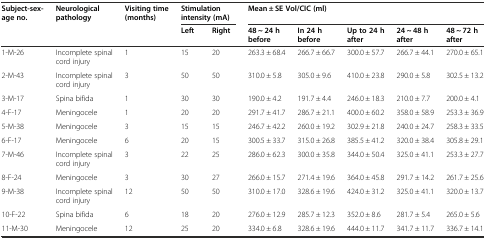
<table><thead><tr><td><b>Subject-sex-age no.</b></td><td><b>Neurological pathology</b></td><td><b>Visiting time (months)</b></td><td colspan="2"><b>Stimulation intensity (mA)</b></td><td colspan="5"><b>Mean ± SE Vol/CIC (ml)</b></td></tr><tr><td></td><td></td><td></td><td><b>Left</b></td><td><b>Right</b></td><td><b>48 ~ 24 h before</b></td><td><b>In 24 h before</b></td><td><b>Up to 24 h after</b></td><td><b>24 ~ 48 h after</b></td><td><b>48 ~ 72 h after</b></td></tr></thead><tbody><tr><td>1-M-26</td><td>Incomplete spinal cord injury</td><td>1</td><td>15</td><td>20</td><td>263.3 ± 68.4</td><td>266.7 ± 66.7</td><td>300.0 ± 57.7</td><td>266.7 ± 44.1</td><td>270.0 ± 65.1</td></tr><tr><td>2-M-43</td><td>Incomplete spinal cord injury</td><td>3</td><td>50</td><td>50</td><td>310.0 ± 5.8</td><td>305.0 ± 9.6</td><td>410.0 ± 23.8</td><td>290.0 ± 5.8</td><td>302.5 ± 13.2</td></tr><tr><td>3-M-17</td><td>Spina bifida</td><td>1</td><td>30</td><td>30</td><td>190.0 ± 4.2</td><td>191.7 ± 4.4</td><td>246.0 ± 18.3</td><td>210.0 ± 7.7</td><td>200.0 ± 4.1</td></tr><tr><td>4-F-17</td><td>Meningocele</td><td>1</td><td>20</td><td>20</td><td>291.7 ± 41.7</td><td>286.7 ± 21.1</td><td>400.0 ± 60.2</td><td>358.0 ± 58.9</td><td>253.3 ± 36.9</td></tr><tr><td>5-M-38</td><td>Meningocele</td><td>3</td><td>15</td><td>15</td><td>246.7 ± 42.2</td><td>260.0 ± 19.2</td><td>302.9 ± 21.8</td><td>240.0 ± 24.7</td><td>258.3 ± 33.5</td></tr><tr><td>6-F-17</td><td>Meningocele</td><td>6</td><td>20</td><td>15</td><td>300.5 ± 33.7</td><td>315.0 ± 26.8</td><td>385.5 ± 41.2</td><td>320.0 ± 38.4</td><td>305.8 ± 29.1</td></tr><tr><td>7-M-46</td><td>Incomplete spinal cord injury</td><td>3</td><td>22</td><td>25</td><td>286.0 ± 62.3</td><td>300.0 ± 35.8</td><td>344.0 ± 50.4</td><td>325.0 ± 41.1</td><td>253.3 ± 27.7</td></tr><tr><td>8-F-24</td><td>Meningocele</td><td>3</td><td>30</td><td>27</td><td>266.0 ± 15.7</td><td>271.4 ± 19.6</td><td>364.0 ± 45.8</td><td>291.7 ± 14.2</td><td>261.7 ± 25.6</td></tr><tr><td>9-M-38</td><td>Incomplete spinal cord injury</td><td>12</td><td>50</td><td>50</td><td>310.0 ± 17.0</td><td>328.6 ± 19.6</td><td>424.0 ± 31.2</td><td>325.0 ± 41.1</td><td>320.0 ± 13.7</td></tr><tr><td>10-F-22</td><td>Spina bifida</td><td>6</td><td>18</td><td>20</td><td>276.0 ± 12.9</td><td>285.7 ± 12.3</td><td>352.0 ± 8.6</td><td>281.7 ± 5.4</td><td>265.0 ± 5.6</td></tr><tr><td>11-M-30</td><td>Meningocele</td><td>12</td><td>25</td><td>20</td><td>334.0 ± 6.8</td><td>328.6 ± 19.6</td><td>444.0 ± 11.7</td><td>341.7 ± 11.7</td><td>336.7 ± 14.1</td></tr></tbody></table>